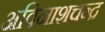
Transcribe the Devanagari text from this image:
अविनाशचन्द्र